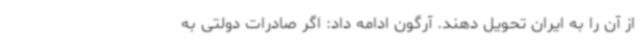
از آن را به ایران تحویل دهند. آرگون ادامه داد: اگر صادرات دولتی به